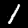
Digit: 1